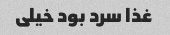
غذا سرد بود خیلی